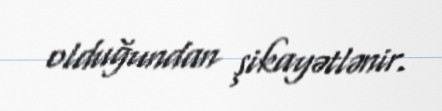
olduğundan şikayətlənir.